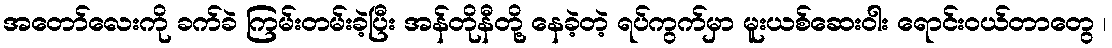
အတော်လေးကို ခက်ခဲ ကြမ်းတမ်းခဲ့ပြီး အန်တိုနီတို့ နေခဲ့တဲ့ ရပ်ကွက်မှာ မူးယစ်ဆေးဝါး ရောင်းဝယ်တာတွေ ၊